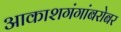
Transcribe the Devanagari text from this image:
आकाशगंगांबरोबर